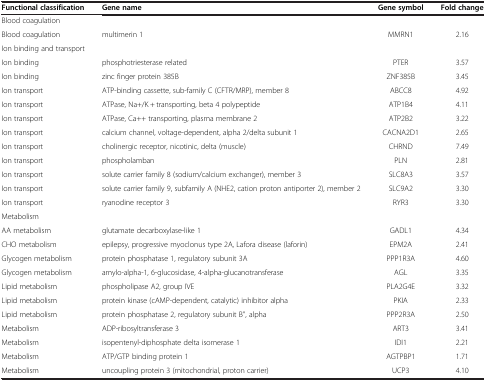
<table><thead><tr><td><b>Functional classification</b></td><td><b>Gene name</b></td><td><b>Gene symbol</b></td><td><b>Fold change</b></td></tr></thead><tbody><tr><td>Blood coagulation</td><td> </td><td> </td><td> </td></tr><tr><td>Blood coagulation</td><td>multimerin 1</td><td>MMRN1</td><td>2.16</td></tr><tr><td>Ion binding and transport</td><td> </td><td> </td><td> </td></tr><tr><td>Ion binding</td><td>phosphotriesterase related</td><td>PTER</td><td>3.57</td></tr><tr><td>Ion binding</td><td>zinc finger protein 385B</td><td>ZNF385B</td><td>3.45</td></tr><tr><td>Ion transport</td><td>ATP-binding cassette, sub-family C (CFTR/MRP), member 8</td><td>ABCC8</td><td>4.92</td></tr><tr><td>Ion transport</td><td>ATPase, Na+/K + transporting, beta 4 polypeptide</td><td>ATP1B4</td><td>4.11</td></tr><tr><td>Ion transport</td><td>ATPase, Ca++ transporting, plasma membrane 2</td><td>ATP2B2</td><td>3.22</td></tr><tr><td>Ion transport</td><td>calcium channel, voltage-dependent, alpha 2/delta subunit 1</td><td>CACNA2D1</td><td>2.65</td></tr><tr><td>Ion transport</td><td>cholinergic receptor, nicotinic, delta (muscle)</td><td>CHRND</td><td>7.49</td></tr><tr><td>Ion transport</td><td>phospholamban</td><td>PLN</td><td>2.81</td></tr><tr><td>Ion transport</td><td>solute carrier family 8 (sodium/calcium exchanger), member 3</td><td>SLC8A3</td><td>3.57</td></tr><tr><td>Ion transport</td><td>solute carrier family 9, subfamily A (NHE2, cation proton antiporter 2), member 2</td><td>SLC9A2</td><td>3.30</td></tr><tr><td>Ion transport</td><td>ryanodine receptor 3</td><td>RYR3</td><td>3.30</td></tr><tr><td>Metabolism</td><td> </td><td> </td><td> </td></tr><tr><td>AA metabolism</td><td>glutamate decarboxylase-like 1</td><td>GADL1</td><td>4.34</td></tr><tr><td>CHO metabolism</td><td>epilepsy, progressive myoclonus type 2A, Lafora disease (laforin)</td><td>EPM2A</td><td>2.41</td></tr><tr><td>Glycogen metabolism</td><td>protein phosphatase 1, regulatory subunit 3A</td><td>PPP1R3A</td><td>4.60</td></tr><tr><td>Glycogen metabolism</td><td>amylo-alpha-1, 6-glucosidase, 4-alpha-glucanotransferase</td><td>AGL</td><td>3.35</td></tr><tr><td>Lipid metabolism</td><td>phospholipase A2, group IVE</td><td>PLA2G4E</td><td>3.32</td></tr><tr><td>Lipid metabolism</td><td>protein kinase (cAMP-dependent, catalytic) inhibitor alpha</td><td>PKIA</td><td>2.33</td></tr><tr><td>Lipid metabolism</td><td>protein phosphatase 2, regulatory subunit B”, alpha</td><td>PPP2R3A</td><td>2.50</td></tr><tr><td>Metabolism</td><td>ADP-ribosyltransferase 3</td><td>ART3</td><td>3.41</td></tr><tr><td>Metabolism</td><td>isopentenyl-diphosphate delta isomerase 1</td><td>IDI1</td><td>2.21</td></tr><tr><td>Metabolism</td><td>ATP/GTP binding protein 1</td><td>AGTPBP1</td><td>1.71</td></tr><tr><td>Metabolism</td><td>uncoupling protein 3 (mitochondrial, proton carrier)</td><td>UCP3</td><td>4.10</td></tr></tbody></table>